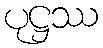
ပုဋ္ဌဿ